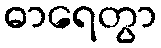
ဓာရေတွာ